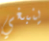
ينبغي